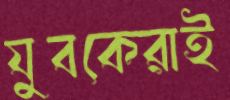
যুবকেরাই